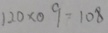
1 2 0 \times 0 . 9 = 1 0 8